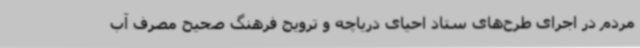
مردم در اجرای طرح‌های ستاد احیای دریاچه و ترویج فرهنگ صحیح مصرف آب